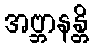
အဗ္ဘာနန္တိ